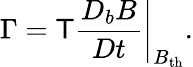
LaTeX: \Gamma=\mathsf{T}\left.\frac{{D_{b}B}}{{Dt}}\right|_{B_{\mathrm{{th}}}}.